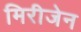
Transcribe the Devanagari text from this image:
मिरीजेन